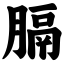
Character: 膈